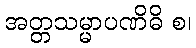
အတ္တသမ္မာပဏိဓိ စ၊